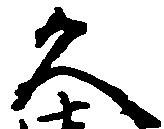
久